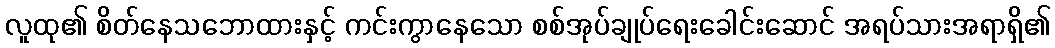
လူထု၏ စိတ်နေသဘောထားနှင့် ကင်းကွာနေသော စစ်အုပ်ချုပ်ရေးခေါင်းဆောင် အရပ်သားအရာရှိ၏